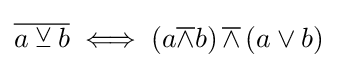
{\overline {a\veebar b}}\iff \left(a{\overline {\land }}b\right){\overline {\land }}\left(a\lor b\right)